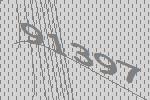
91397